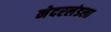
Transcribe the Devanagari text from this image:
नेदरलंडला